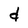
Character: d